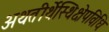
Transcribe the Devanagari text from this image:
अथतीर्थेस्थिक्षेपविधिः